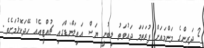
2 ދަރިންގެ މަންމައަށް ފުރަތަމަ ދައުވަތު ލިބުނީ ޔަސް އައިލަންޑްގައި ޗުއްޓީއެއް ހޭދަކޮޅުމަށެވެ.